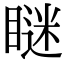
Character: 瞇